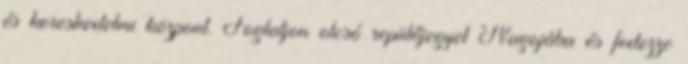
és kereskedelmi központ. Foglaljon olcsó repülőjegyet Nagojába és fedezze